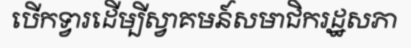
បើកទ្វារដើម្បីស្វាគមន៍សមាជិករដ្ឋសភា